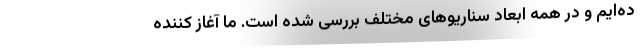
ده‌ایم و در همه ابعاد سناریوهای مختلف بررسی شده است. ما آغاز کننده